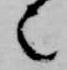
也